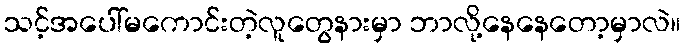
သင့်အပေါ်မကောင်းတဲ့လူတွေနားမှာ ဘာလို့နေနေတော့မှာလဲ။